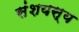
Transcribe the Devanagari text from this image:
संशयस्य